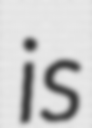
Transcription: is